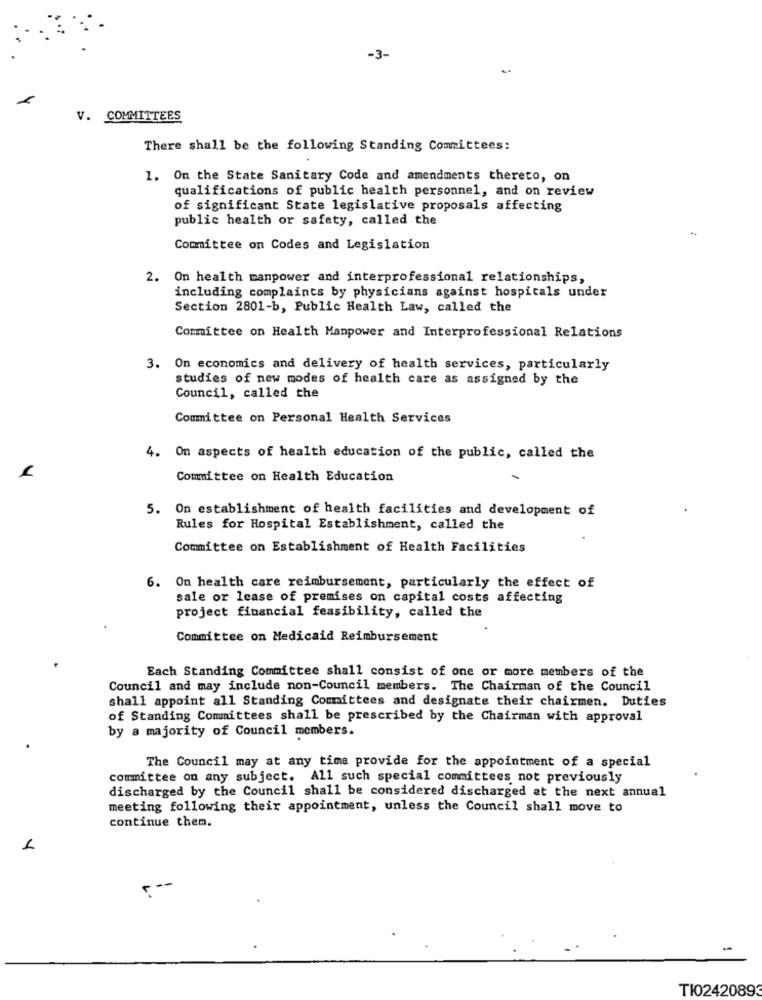
-3-
V. COMMITTEES
There shall be the following Standing Committees:
1. On the State Sanitary Code and amendments thereto, on
qualifications of public health personnel, and on review
of significant State legislative proposals affecting
public health or safety, called the
Committee on Codes and Legislation
2. On health manpower and interprofessional relationships,
including complaints by physicians against hospitals under
Section 2801-b, Public Health Law, called the
Committee on Health Manpower and Interprofessional Relations
3. On economics and delivery of health services, particularly
studies of new modes of health care as assigned by the
Council, called the
Committee on Personal Health Services
4. On aspects of health education of the public, called the
Committee on Health Education
5. On establishment of health facilities and development of
Rules for Hospital Establishment, called the
Committee on Establishment of Health Facilities
6. On health care reimbursement, particularly the effect of
sale or lease of premises on capital costs affecting
project financial feasibility, called the
Committee on Medicaid Reimbursement
Each Standing Committee shall consist of one or more members of the
Council and may include non-Council members. The Chairman of the Council
shall appoint all Standing Committees and designate their chairmen. Duties
of Standing Committees shall be prescribed by the Chairman with approval
by a majority of Council members.
The Council may at any time provide for the appointment of a special
committee on any subject. All such special committees not previously
discharged by the Council shall be considered discharged at the next annual
meeting following their appointment, unless the Council shall move to
continue them.
TI02420893